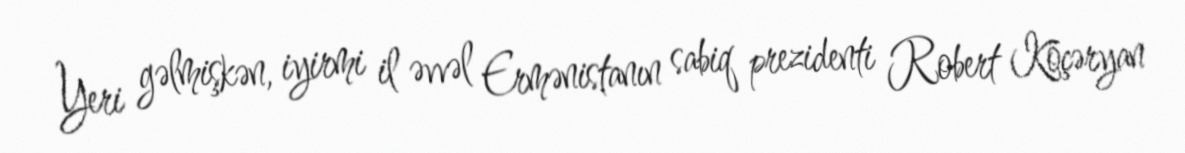
Yeri gəlmişkən, iyirmi il əvvəl Ermənistanın sabiq prezidenti Robert Köçəryan